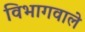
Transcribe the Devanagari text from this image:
विभागवाले